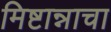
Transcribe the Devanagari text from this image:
मिष्टान्नाचा